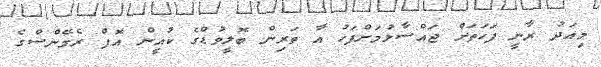
މިއަދު ރާނީ ފަހަތަށް ޖައްސާލުމަށްފަހު އާ ތަރިން ބޮލީވުޑްގެ ކުއީން އޮފް ރެމޭންސްގެ